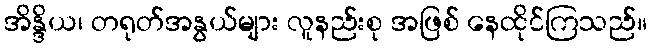
အိန္ဒိယ၊ တရုတ်အနွယ်များ လူနည်းစု အဖြစ် နေထိုင်ကြသည်။